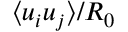
\langle u _ { i } u _ { j } \rangle / R _ { 0 }